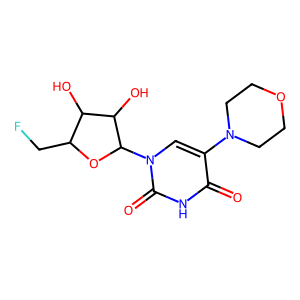
SMILES: O=c1[nH]c(=O)n(C2OC(CF)C(O)C2O)cc1N1CCOCC1
Inhibits HIV replication: No